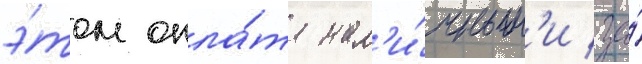
э́том опла́та нал'и́чным'и за́